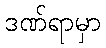
ဒဏ်ရာမှာ